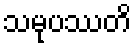
သမုပဿတိ